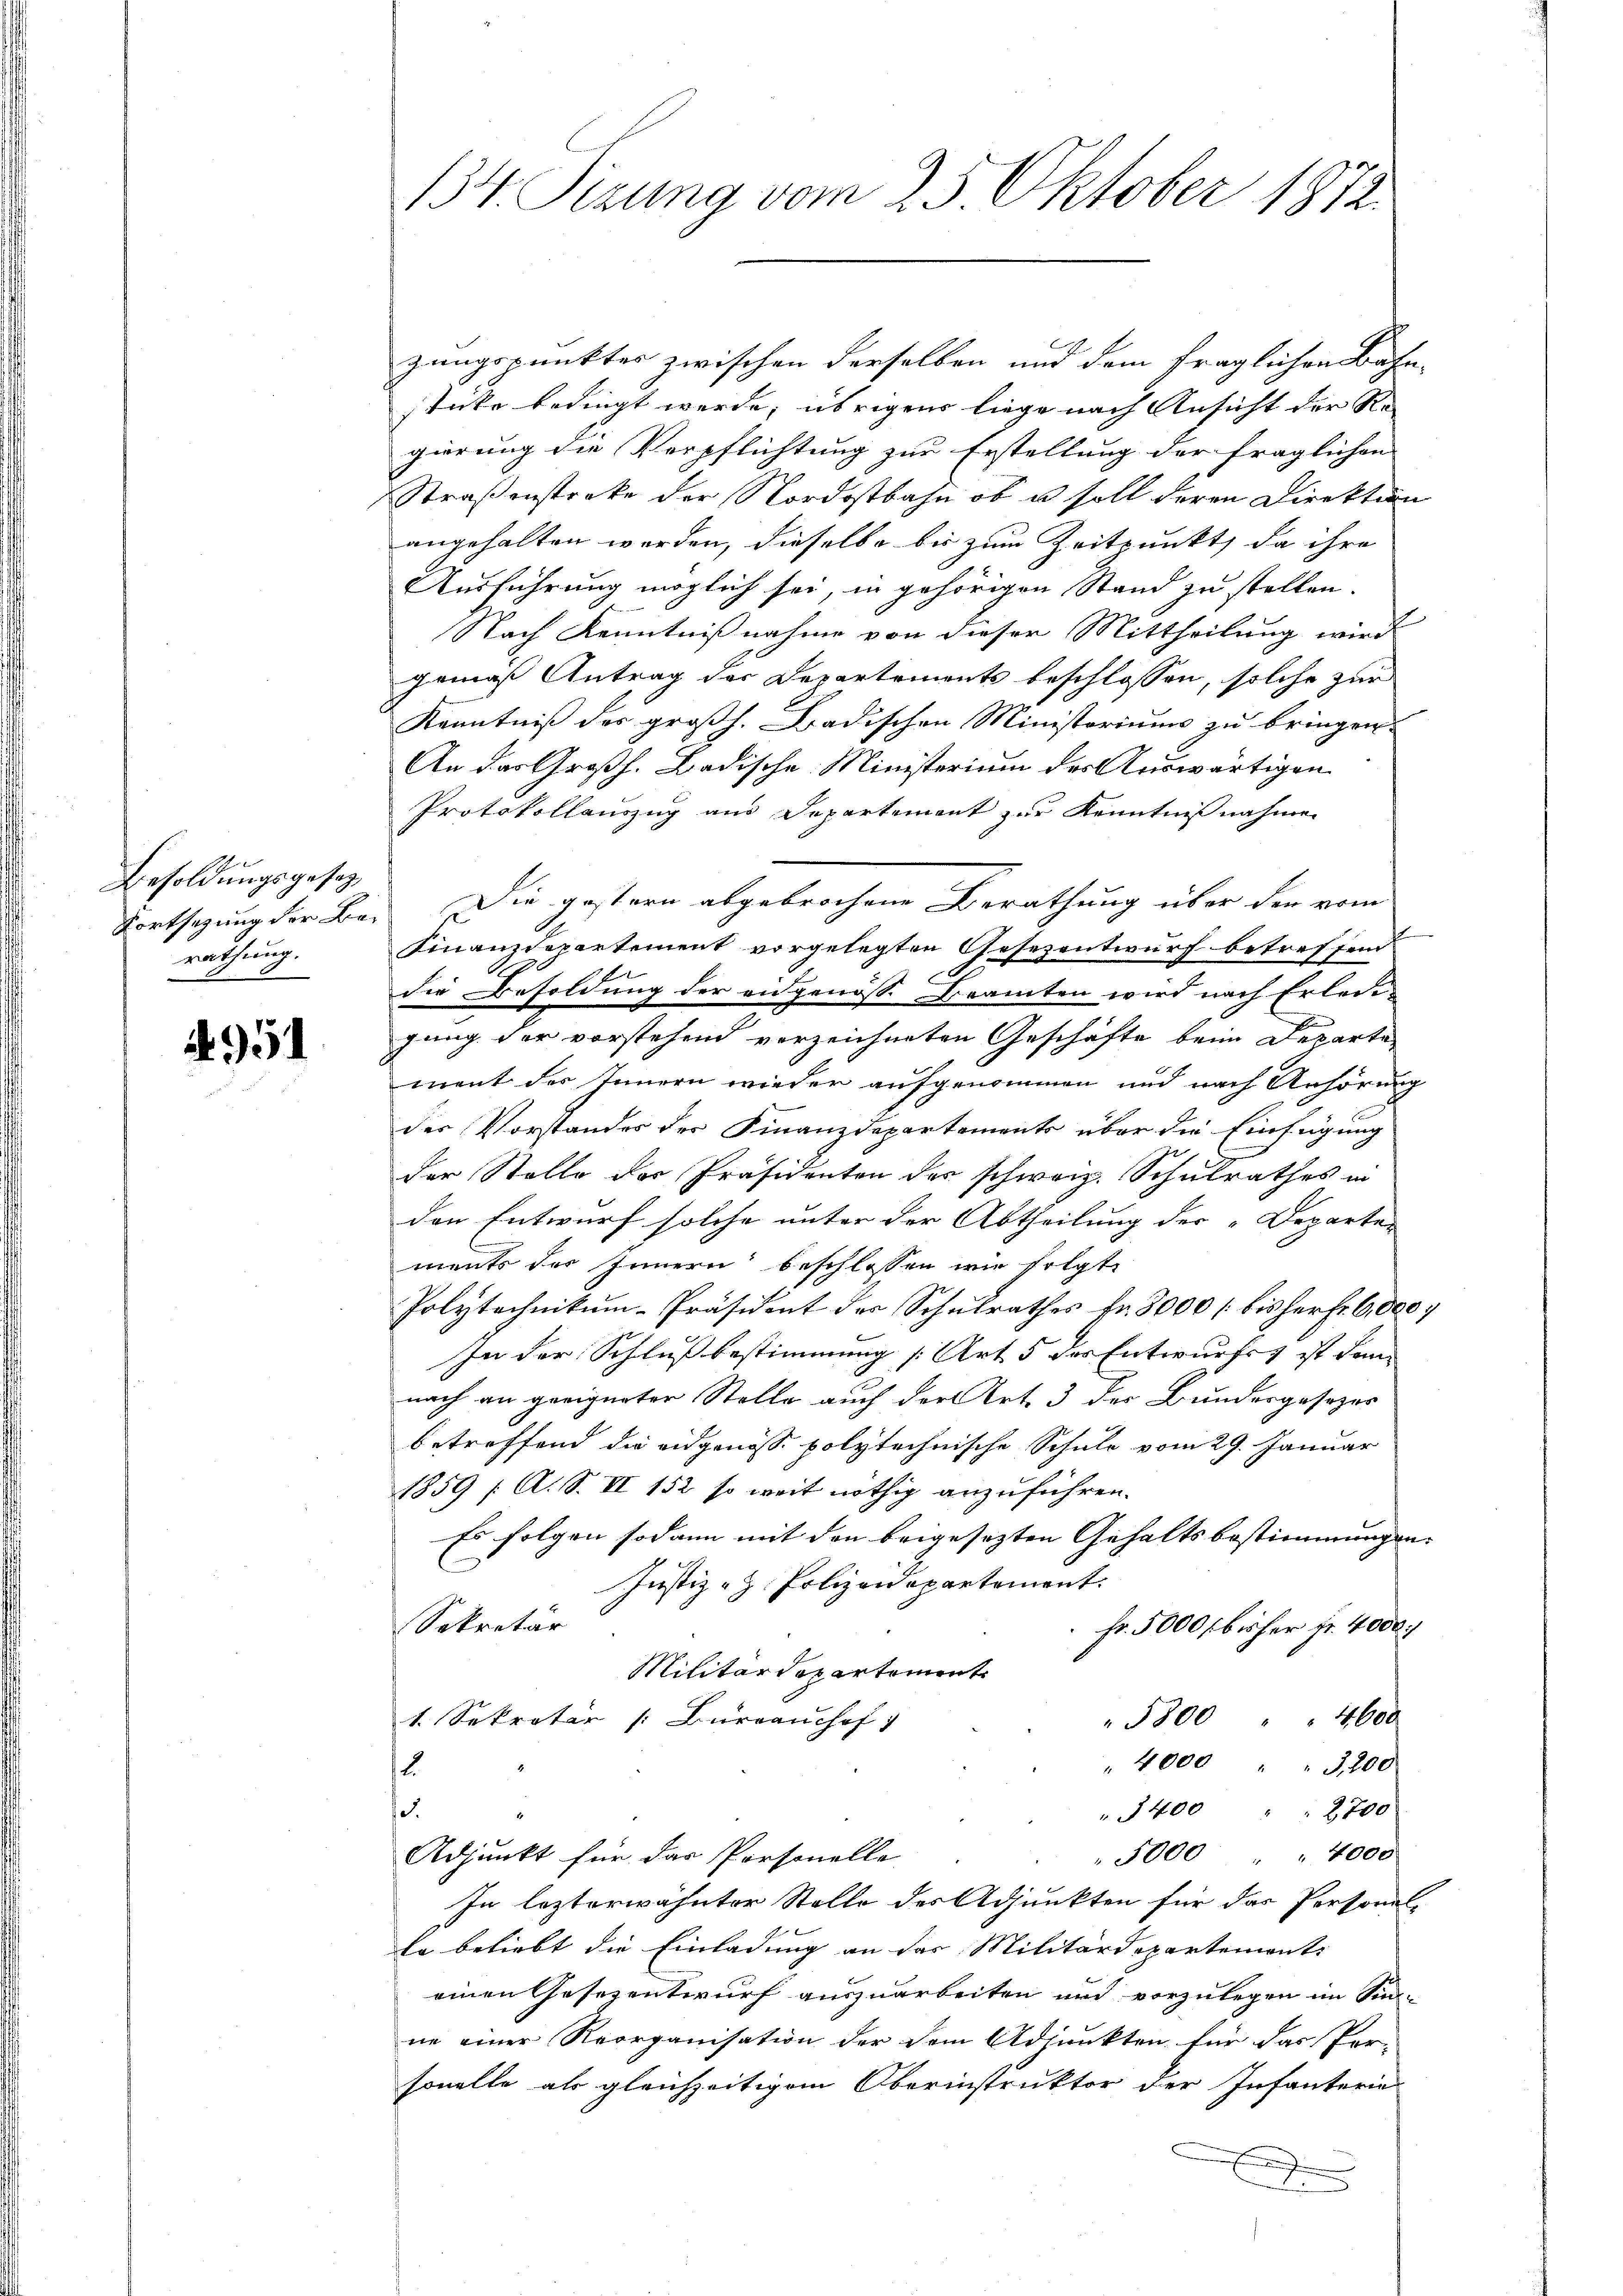
Besoldungsgesetz
rathung.

4951

zungspunktes zwischen derselben und dem fraglichen Bahn-
stücke bedingt werde, übrigens liege nach Ansicht der Re-
gierung die Verpflichtung zur Erstellung der fraglichen
Straßenstreke der Nordostbahn ob u soll deren Direktion
angehalten worden, dieselbe bis zum Zeitpunkt, da ihre
Ausführung möglich sei, in gehörigen Stand zu stellen.
Nach Kenntnißnahme von dieser Mittheilung wird
gemäß Antrag der Departements beschlossen, solche zur
Kenntniß der großh. Badischen Ministoriums zu bringen.
An das Großh. Badische Ministerium des Auswärtigen
Protokollauszug aus Departement zur Kenntnißnahmen
Fortsetzung der Bei Die gestern abgebrochene Berathung über den vom
Finanzdepartement vorgelegten Gesezentwurf betreffend
A.
1f
der Besoldung der angenöss. Beamten wird nach Erledi-
gung der vorstehend verzeichneten Geschäfte beim Departement des Innern wieder aufgenommen und nach Anhörung
der Vorstandes der Finanzdepartements über die Einfügung
der Stelle der Präsidenten der schweiz. Schulrathes in
den Entwurf solche unter der Abtheilung der Departen
ments des Innern beschlossen wie folgte
Polytechnikum-Präsident des Schulrathes fr. 3000 [bis herf. 6,000.
In der Schlußbestimmung (Art. 5 der Entwurfes ist dann
nach an geeigneter Stelle auch der Art. 3 des Bundesgesezes
betreffend die eidgenoss polytechnische Schule vom 29. Januar
1859 / A. S. II 152 so weit nöthig anzuführen.
Es folgen sodann mit den beigesezten Gehaltsbestimmungen
Justiz-Z. Polizeidepartement.
Sekretär
Fr. 5000 bisher fr. 4000
Militärdepartement
5800 " " 4600
1. Sekretär (Bureaushof 1
" 4000 " " 3,200
2
" 1400 " " 2700
s
 5000 " " 4000
Adjunkt für das Personelle
In lezterwähnter Stelle des Adjunkten für das Personal-
sa beliebt die Einladung an das Militärdepartement
einen Gesezentwurf auszuarbeiten und vorzulegen im Sin-
ne einer Reorganisation der dem Adjunkten für das Per-
sonelle als gleichzeitigem Oberinstruktor der Infanterie

134. Sizung vom 25. Oktober 1872.